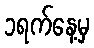
၁ရက်နေ့မှ